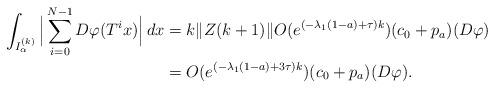
LaTeX: \begin{align*}\int_{I_\alpha^{(k)}}\Big|\sum_{i=0}^{N-1}D\varphi(T^ix)\Big|\,dx&=k\|Z(k+1)\|O(e^{(-\lambda_1(1-a)+\tau)k})(c_0+p_a)(D\varphi)\\&=O(e^{(-\lambda_1(1-a)+3\tau)k})(c_0+p_a)(D\varphi).\end{align*}